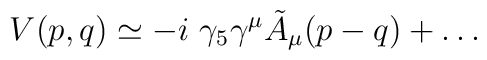
V(p,q)\simeq -i\ \gamma_5\gamma^\mu\tilde A_\mu (p-q)+\dots